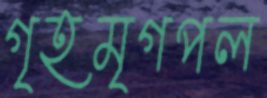
গৃহমৃগপল